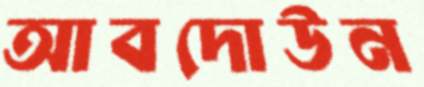
আবদোউন